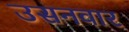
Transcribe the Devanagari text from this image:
उसनवार